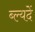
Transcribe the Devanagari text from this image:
ब्ल्यदें